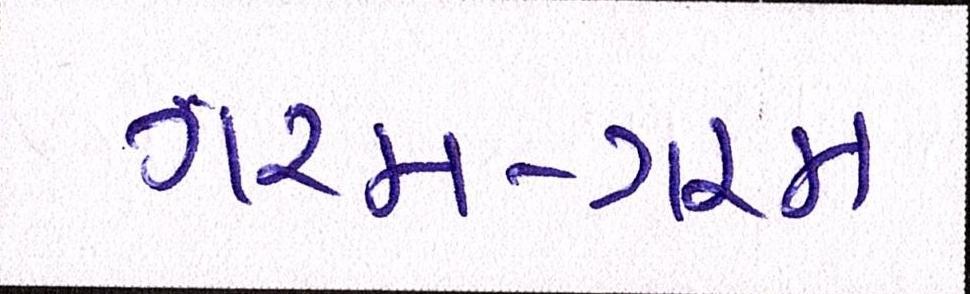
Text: ગરમ-ગરમ